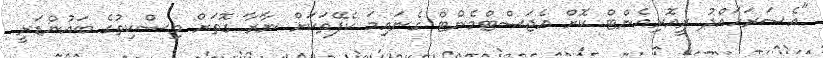
"އެސަރަހައްދު ރީއޮރިއެންޓް ކޮށް އެޖަސްޓްމެންޓް ގެނައިމަ ކެފޭތަކަށް ނާރާ ގޮތަށް މިސްކިތުގެ ބައުންޑަރީ